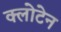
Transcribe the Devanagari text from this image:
क्लोटेन